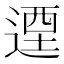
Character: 𨕅